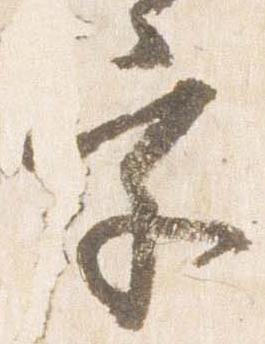
字